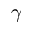
\gamma